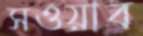
সওয়াব